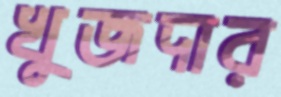
খুজদার